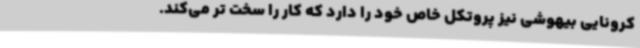
کرونایی بیهوشی نیز پروتکل خاص خود را دارد که کار را سخت تر می‌کند.